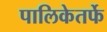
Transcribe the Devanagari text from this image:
पालिकेतर्फे